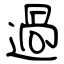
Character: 過